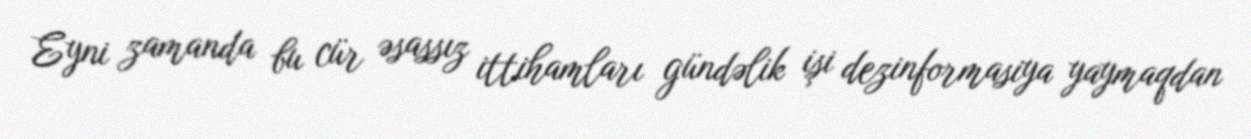
Eyni zamanda bu cür əsassız ittihamları gündəlik işi dezinformasiya yaymaqdan